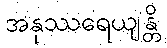
အနုဿရေယျန္တိ